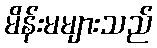
မိန်းမများသည်